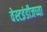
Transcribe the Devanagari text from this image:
वेस्टइंडीजच्या